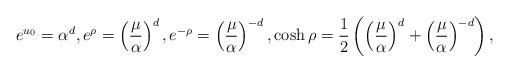
LaTeX: \begin{align*}e^{u_0} = \alpha^d, e^\rho = \left(\frac{\mu}{\alpha}\right)^d, e^{-\rho} = \left(\frac{\mu}{\alpha}\right)^{-d}, \cosh \rho = \frac12\left( \left(\frac{\mu}{\alpha}\right)^d + \left(\frac{\mu}{\alpha}\right)^{-d} \right),\end{align*}